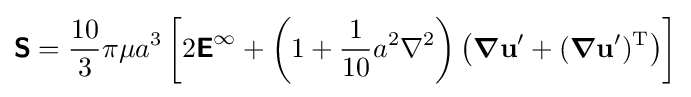
{\boldsymbol {\mathsf {S}}}={\frac {10}{3}}\pi \mu a^{3}\left[2{\boldsymbol {\mathsf {E}}}^{\infty }+\left(1+{\frac {1}{10}}a^{2}\nabla ^{2}\right)\left({\boldsymbol {\nabla }}\mathbf {u} '+({\boldsymbol {\nabla }}\mathbf {u} ')^{\mathrm {T} }\right)\right]